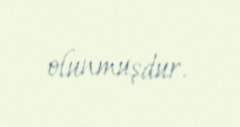
olunmuşdur.